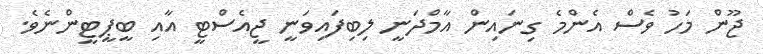
ޖޫން މަހު ވެސް އެންމެ ގިނައިން އާމްދަނީ ލިބިފައިވަނީ ޖީއެސްޓީ އާއި ބީޕީޓީންނެވެ.